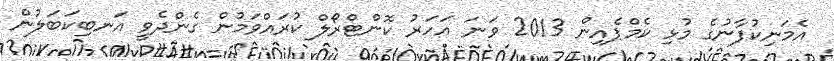
އެމަނިކުފާނުގެ މުޅި ކެމްޕެއިން 2013 ވަނަ އަހަރު ކޮންޓްރޯލް ކުރައްވަމުން ގެންދެވީ އަނބިކަބަލުން